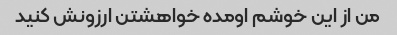
من از این خوشم اومده خواهشتن ارزونش کنید